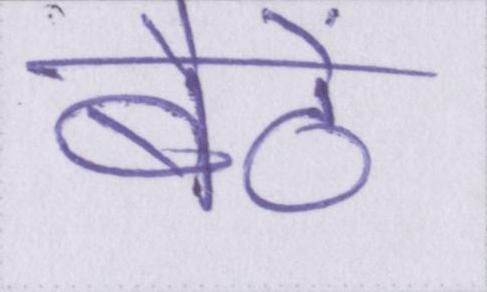
बैठें